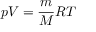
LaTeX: p V = { \frac { m } { M } } R T